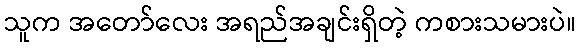
သူက အတော်လေး အရည်အချင်းရှိတဲ့ ကစားသမားပဲ။